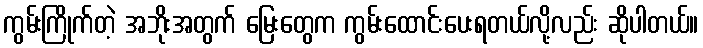
ကွမ်းကြိုက်တဲ့ အဘိုးအတွက် မြေးတွေက ကွမ်းထောင်းပေးရတယ်လို့လည်း ဆိုပါတယ်။